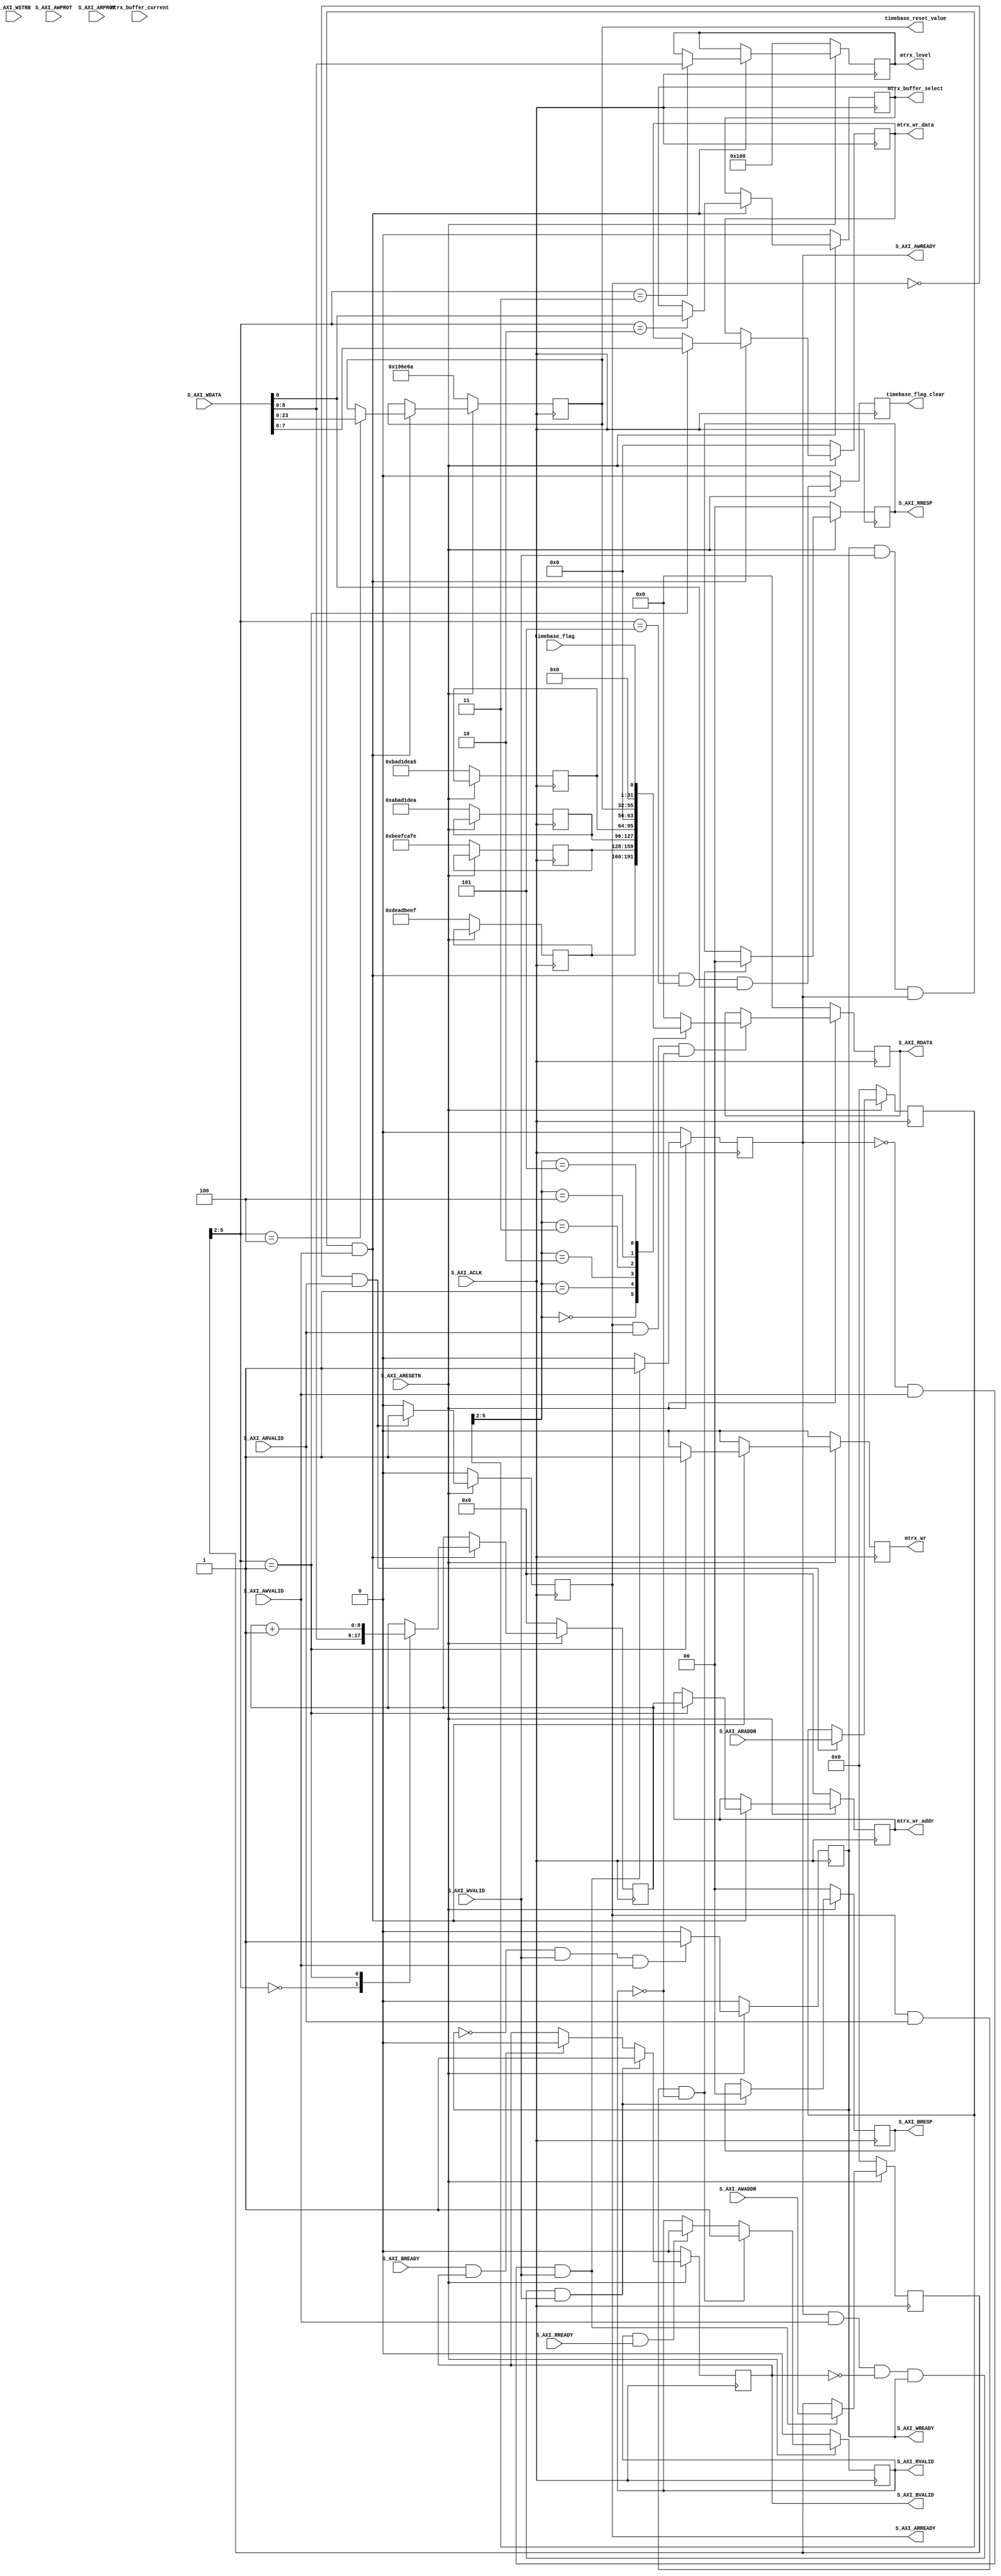
module rgb_led_bargraph_S_AXI #
	(
		// Users to add parameters here

		// User parameters ends
		// Do not modify the parameters beyond this line

		// Width of S_AXI data bus
		parameter integer C_S_AXI_DATA_WIDTH	= 32,
		// Width of S_AXI address bus
		parameter integer C_S_AXI_ADDR_WIDTH	= 6
	)
	(
		// Users to add ports here
		output   reg	            mtrx_wr,
    	output   reg		[8:0]	mtrx_wr_addr,
    	output   reg		[7:0]   mtrx_wr_data,
    	output   reg            	mtrx_buffer_select,
    	input	 wire            	mtrx_buffer_current,
    	output   reg	    [8:0]   mtrx_level,
	
		output	reg		   [23:0]	timebase_reset_value,
        input   wire            	timebase_flag,
        output  reg             	timebase_flag_clear,
		// User ports ends
		// Do not modify the ports beyond this line

		// Global Clock Signal
		input wire  S_AXI_ACLK,
		// Global Reset Signal. This Signal is Active LOW
		input wire  S_AXI_ARESETN,
		// Write address (issued by master, acceped by Slave)
		input wire [C_S_AXI_ADDR_WIDTH-1 : 0] S_AXI_AWADDR,
		// Write channel Protection type. This signal indicates the
    		// privilege and security level of the transaction, and whether
    		// the transaction is a data access or an instruction access.
		input wire [2 : 0] S_AXI_AWPROT,
		// Write address valid. This signal indicates that the master signaling
    		// valid write address and control information.
		input wire  S_AXI_AWVALID,
		// Write address ready. This signal indicates that the slave is ready
    		// to accept an address and associated control signals.
		output wire  S_AXI_AWREADY,
		// Write data (issued by master, acceped by Slave) 
		input wire [C_S_AXI_DATA_WIDTH-1 : 0] S_AXI_WDATA,
		// Write strobes. This signal indicates which byte lanes hold
    		// valid data. There is one write strobe bit for each eight
    		// bits of the write data bus.    
		input wire [(C_S_AXI_DATA_WIDTH/8)-1 : 0] S_AXI_WSTRB,
		// Write valid. This signal indicates that valid write
    		// data and strobes are available.
		input wire  S_AXI_WVALID,
		// Write ready. This signal indicates that the slave
    		// can accept the write data.
		output wire  S_AXI_WREADY,
		// Write response. This signal indicates the status
    		// of the write transaction.
		output wire [1 : 0] S_AXI_BRESP,
		// Write response valid. This signal indicates that the channel
    		// is signaling a valid write response.
		output wire  S_AXI_BVALID,
		// Response ready. This signal indicates that the master
    		// can accept a write response.
		input wire  S_AXI_BREADY,
		// Read address (issued by master, acceped by Slave)
		input wire [C_S_AXI_ADDR_WIDTH-1 : 0] S_AXI_ARADDR,
		// Protection type. This signal indicates the privilege
    		// and security level of the transaction, and whether the
    		// transaction is a data access or an instruction access.
		input wire [2 : 0] S_AXI_ARPROT,
		// Read address valid. This signal indicates that the channel
    		// is signaling valid read address and control information.
		input wire  S_AXI_ARVALID,
		// Read address ready. This signal indicates that the slave is
    		// ready to accept an address and associated control signals.
		output wire  S_AXI_ARREADY,
		// Read data (issued by slave)
		output wire [C_S_AXI_DATA_WIDTH-1 : 0] S_AXI_RDATA,
		// Read response. This signal indicates the status of the
    		// read transfer.
		output wire [1 : 0] S_AXI_RRESP,
		// Read valid. This signal indicates that the channel is
    		// signaling the required read data.
		output wire  S_AXI_RVALID,
		// Read ready. This signal indicates that the master can
    		// accept the read data and response information.
		input wire  S_AXI_RREADY
	);

	// AXI4LITE signals
	reg [C_S_AXI_ADDR_WIDTH-1 : 0] 	axi_awaddr;
	reg  	axi_awready;
	reg  	axi_wready;
	reg [1 : 0] 	axi_bresp;
	reg  	axi_bvalid;
	reg [C_S_AXI_ADDR_WIDTH-1 : 0] 	axi_araddr;
	reg  	axi_arready;
	reg [C_S_AXI_DATA_WIDTH-1 : 0] 	axi_rdata;
	reg [1 : 0] 	axi_rresp;
	reg  	axi_rvalid;

	// Example-specific design signals
	// local parameter for addressing 32 bit / 64 bit C_S_AXI_DATA_WIDTH
	// ADDR_LSB is used for addressing 32/64 bit registers/memories
	// ADDR_LSB = 2 for 32 bits (n downto 2)
	// ADDR_LSB = 3 for 64 bits (n downto 3)
	localparam integer ADDR_LSB = (C_S_AXI_DATA_WIDTH/32) + 1;
	localparam integer OPT_MEM_ADDR_BITS = 3;
	//----------------------------------------------
	//-- Signals for user logic register space example
	//------------------------------------------------
	//-- Number of Slave Registers 4
	reg [C_S_AXI_DATA_WIDTH-1:0]	slv_reg0;
	reg [C_S_AXI_DATA_WIDTH-1:0]	slv_reg1;
	reg [C_S_AXI_DATA_WIDTH-1:0]	slv_reg2;
	reg [C_S_AXI_DATA_WIDTH-1:0]	slv_reg3;
	wire	 slv_reg_rden;
	wire	 slv_reg_wren;
	reg [C_S_AXI_DATA_WIDTH-1:0]	 reg_data_out;
	integer	 byte_index;

	// I/O Connections assignments

	assign S_AXI_AWREADY	= axi_awready;
	assign S_AXI_WREADY	= axi_wready;
	assign S_AXI_BRESP	= axi_bresp;
	assign S_AXI_BVALID	= axi_bvalid;
	assign S_AXI_ARREADY	= axi_arready;
	assign S_AXI_RDATA	= axi_rdata;
	assign S_AXI_RRESP	= axi_rresp;
	assign S_AXI_RVALID	= axi_rvalid;
	// Implement axi_awready generation
	// axi_awready is asserted for one S_AXI_ACLK clock cycle when both
	// S_AXI_AWVALID and S_AXI_WVALID are asserted. axi_awready is
	// de-asserted when reset is low.

	always @( posedge S_AXI_ACLK )
	begin
	  if ( S_AXI_ARESETN == 1'b0 )
	    begin
	      axi_awready <= 1'b0;
	    end 
	  else
	    begin    
	      if (~axi_awready && S_AXI_AWVALID && S_AXI_WVALID)
	        begin
	          // slave is ready to accept write address when 
	          // there is a valid write address and write data
	          // on the write address and data bus. This design 
	          // expects no outstanding transactions. 
	          axi_awready <= 1'b1;
	        end
	      else           
	        begin
	          axi_awready <= 1'b0;
	        end
	    end 
	end       

	// Implement axi_awaddr latching
	// This process is used to latch the address when both 
	// S_AXI_AWVALID and S_AXI_WVALID are valid. 

	always @( posedge S_AXI_ACLK )
	begin
	  if ( S_AXI_ARESETN == 1'b0 )
	    begin
	      axi_awaddr <= 0;
	    end 
	  else
	    begin    
	      if (~axi_awready && S_AXI_AWVALID && S_AXI_WVALID)
	        begin
	          // Write Address latching 
	          axi_awaddr <= S_AXI_AWADDR;
	        end
	    end 
	end       

	// Implement axi_wready generation
	// axi_wready is asserted for one S_AXI_ACLK clock cycle when both
	// S_AXI_AWVALID and S_AXI_WVALID are asserted. axi_wready is 
	// de-asserted when reset is low. 

	always @( posedge S_AXI_ACLK )
	begin
	  if ( S_AXI_ARESETN == 1'b0 )
	    begin
	      axi_wready <= 1'b0;
	    end 
	  else
	    begin    
	      if (~axi_wready && S_AXI_WVALID && S_AXI_AWVALID)
	        begin
	          // slave is ready to accept write data when 
	          // there is a valid write address and write data
	          // on the write address and data bus. This design 
	          // expects no outstanding transactions. 
	          axi_wready <= 1'b1;
	        end
	      else
	        begin
	          axi_wready <= 1'b0;
	        end
	    end 
	end       

	// Implement memory mapped register select and write logic generation
	// The write data is accepted and written to memory mapped registers when
	// axi_awready, S_AXI_WVALID, axi_wready and S_AXI_WVALID are asserted. Write strobes are used to
	// select byte enables of slave registers while writing.
	// These registers are cleared when reset (active low) is applied.
	// Slave register write enable is asserted when valid address and data are available
	// and the slave is ready to accept the write address and write data.
	assign slv_reg_wren = axi_wready && S_AXI_WVALID && axi_awready && S_AXI_AWVALID;

	reg [8:0] mtrx_addr;

	always @( posedge S_AXI_ACLK )
	begin
	  if ( S_AXI_ARESETN == 1'b0 )
	    begin
		  slv_reg0 <= 32'hdeadbeef;
		  slv_reg1 <= 32'hbeefcafe;
		  slv_reg2 <= 32'habad1dea;
		  slv_reg3 <= 32'hbad1dea5;
		  mtrx_addr <= 0;
		  mtrx_wr <= 0;
    	  mtrx_wr_addr <= 0;
    	  mtrx_wr_data <= 0;
    	  mtrx_buffer_select <= 0;
    	  mtrx_level <= 9'h100;
		  timebase_reset_value <= 1_666_666;
		  timebase_flag_clear <= 0;
	    end 
	  else begin
	    mtrx_wr <= 0;
	    if (slv_reg_wren)
	      begin
	        case ( axi_awaddr[ADDR_LSB+OPT_MEM_ADDR_BITS:ADDR_LSB] )

			  
	          4'h0: begin
				mtrx_addr <= S_AXI_WDATA[8:0];
			  end

			  4'h1: begin
				mtrx_addr <= mtrx_addr + 1;
				mtrx_wr <= 1;
                mtrx_wr_addr <= mtrx_addr;
                mtrx_wr_data <= S_AXI_WDATA[7:0];
			  end

			  4'h2: begin
                mtrx_buffer_select <= S_AXI_WDATA[0];
			  end

			  4'h3: begin
	            mtrx_level <= S_AXI_WDATA[8:0];
              end

			  4'h4: begin
	            timebase_reset_value <= S_AXI_WDATA[23:0];
              end

	        endcase
	      end

        timebase_flag_clear <= slv_reg_wren &&
                (axi_awaddr[ADDR_LSB+OPT_MEM_ADDR_BITS:ADDR_LSB] == 4'h05) &&
                S_AXI_WDATA[0];
	  end
	end    

	// Implement write response logic generation
	// The write response and response valid signals are asserted by the slave 
	// when axi_wready, S_AXI_WVALID, axi_wready and S_AXI_WVALID are asserted.  
	// This marks the acceptance of address and indicates the status of 
	// write transaction.

	always @( posedge S_AXI_ACLK )
	begin
	  if ( S_AXI_ARESETN == 1'b0 )
	    begin
	      axi_bvalid  <= 0;
	      axi_bresp   <= 2'b0;
	    end 
	  else
	    begin    
	      if (axi_awready && S_AXI_AWVALID && ~axi_bvalid && axi_wready && S_AXI_WVALID)
	        begin
	          // indicates a valid write response is available
	          axi_bvalid <= 1'b1;
	          axi_bresp  <= 2'b0; // 'OKAY' response 
	        end                   // work error responses in future
	      else
	        begin
	          if (S_AXI_BREADY && axi_bvalid) 
	            //check if bready is asserted while bvalid is high) 
	            //(there is a possibility that bready is always asserted high)   
	            begin
	              axi_bvalid <= 1'b0; 
	            end  
	        end
	    end
	end   

	// Implement axi_arready generation
	// axi_arready is asserted for one S_AXI_ACLK clock cycle when
	// S_AXI_ARVALID is asserted. axi_awready is 
	// de-asserted when reset (active low) is asserted. 
	// The read address is also latched when S_AXI_ARVALID is 
	// asserted. axi_araddr is reset to zero on reset assertion.

	always @( posedge S_AXI_ACLK )
	begin
	  if ( S_AXI_ARESETN == 1'b0 )
	    begin
	      axi_arready <= 1'b0;
	      axi_araddr  <= 32'b0;
	    end 
	  else
	    begin    
	      if (~axi_arready && S_AXI_ARVALID)
	        begin
	          // indicates that the slave has acceped the valid read address
	          axi_arready <= 1'b1;
	          // Read address latching
	          axi_araddr  <= S_AXI_ARADDR;
	        end
	      else
	        begin
	          axi_arready <= 1'b0;
	        end
	    end 
	end       

	// Implement axi_arvalid generation
	// axi_rvalid is asserted for one S_AXI_ACLK clock cycle when both 
	// S_AXI_ARVALID and axi_arready are asserted. The slave registers 
	// data are available on the axi_rdata bus at this instance. The 
	// assertion of axi_rvalid marks the validity of read data on the 
	// bus and axi_rresp indicates the status of read transaction.axi_rvalid 
	// is deasserted on reset (active low). axi_rresp and axi_rdata are 
	// cleared to zero on reset (active low).  
	always @( posedge S_AXI_ACLK )
	begin
	  if ( S_AXI_ARESETN == 1'b0 )
	    begin
	      axi_rvalid <= 0;
	      axi_rresp  <= 0;
	    end 
	  else
	    begin    
	      if (axi_arready && S_AXI_ARVALID && ~axi_rvalid)
	        begin
	          // Valid read data is available at the read data bus
	          axi_rvalid <= 1'b1;
	          axi_rresp  <= 2'b0; // 'OKAY' response
	        end   
	      else if (axi_rvalid && S_AXI_RREADY)
	        begin
	          // Read data is accepted by the master
	          axi_rvalid <= 1'b0;
	        end                
	    end
	end    

	// Implement memory mapped register select and read logic generation
	// Slave register read enable is asserted when valid address is available
	// and the slave is ready to accept the read address.
	assign slv_reg_rden = axi_arready & S_AXI_ARVALID & ~axi_rvalid;
	always @(*)
	begin
	      // Address decoding for reading registers
	      case ( axi_araddr[ADDR_LSB+OPT_MEM_ADDR_BITS:ADDR_LSB] )
	        4'h0   : reg_data_out <= slv_reg0;
	        4'h1   : reg_data_out <= slv_reg1;
	        4'h2   : reg_data_out <= slv_reg2;
	        4'h3   : reg_data_out <= slv_reg3;
	        4'h4   : reg_data_out <= { 8'b0, timebase_reset_value };
	        4'h5   : reg_data_out <= { 31'b0, timebase_flag };
	        default : reg_data_out <= 0;
	      endcase
	end

	// Output register or memory read data
	always @( posedge S_AXI_ACLK )
	begin
	  if ( S_AXI_ARESETN == 1'b0 )
	    begin
	      axi_rdata  <= 0;
	    end 
	  else
	    begin    
	      // When there is a valid read address (S_AXI_ARVALID) with 
	      // acceptance of read address by the slave (axi_arready), 
	      // output the read dada 
	      if (slv_reg_rden)
	        begin
	          axi_rdata <= reg_data_out;     // register read data
	        end   
	    end
	end    

	// Add user logic here

	// User logic ends

	endmodule